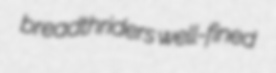
breadthriders well-fined